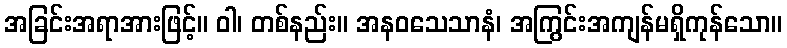
အခြင်းအရာအားဖြင့်။ ဝါ၊ တစ်နည်း။ အနဝသေသာနံ၊ အကြွင်းအကျန်မရှိကုန်သော။